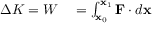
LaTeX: \begin{array} { r l } { \Delta K = W } & { { } = \int _ { \mathbf { x } _ { 0 } } ^ { \mathbf { x } _ { 1 } } \mathbf { F } \cdot d \mathbf { x } } \end{array}